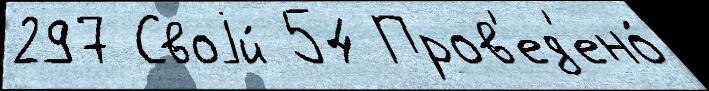
297 Своjи́ 54 Пров'ед'ено́